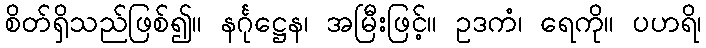
စိတ်ရှိသည်ဖြစ်၍။ နင်္ဂုဋ္ဌေန၊ အမြီးဖြင့်။ ဥဒကံ၊ ရေကို။ ပဟရိ၊